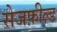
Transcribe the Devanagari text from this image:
सेजफ़ील्ड